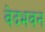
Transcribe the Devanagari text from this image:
वेदभवन